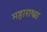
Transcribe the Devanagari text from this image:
महाराष्त्रा